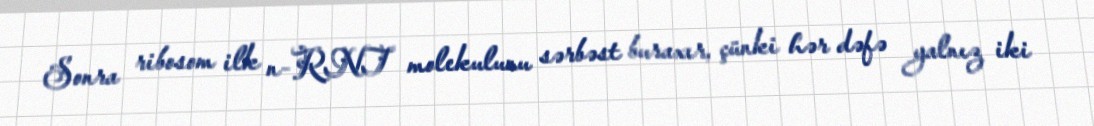
Sonra ribosom ilk n-RNT molekulunu sərbəst buraxır, çünki hər dəfə yalnız iki